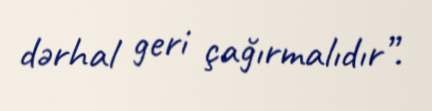
dərhal geri çağırmalıdır”.